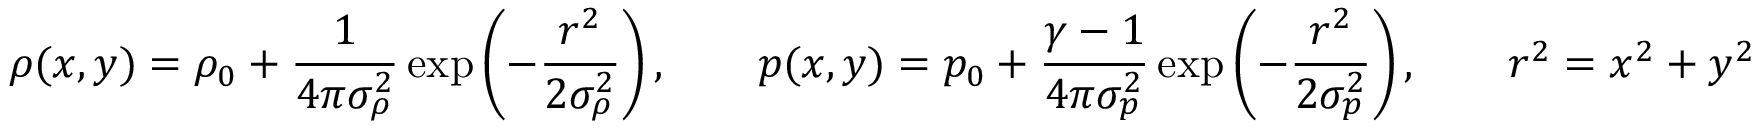
\rho ( x , y ) = \rho _ { 0 } + \frac { 1 } { 4 \pi \sigma _ { \rho } ^ { 2 } } \exp \left( - \frac { r ^ { 2 } } { 2 \sigma _ { \rho } ^ { 2 } } \right) , \qquad p ( x , y ) = p _ { 0 } + \frac { \gamma - 1 } { 4 \pi \sigma _ { p } ^ { 2 } } \exp \left( - \frac { r ^ { 2 } } { 2 \sigma _ { p } ^ { 2 } } \right) , \qquad r ^ { 2 } = x ^ { 2 } + y ^ { 2 }